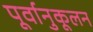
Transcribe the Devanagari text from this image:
पूर्वानुकूलन